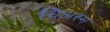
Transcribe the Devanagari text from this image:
चिअस्म